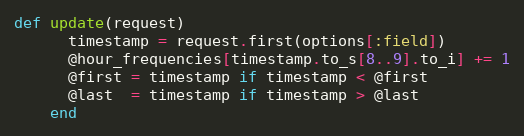
Language: Ruby
def update(request)
      timestamp = request.first(options[:field])
      @hour_frequencies[timestamp.to_s[8..9].to_i] += 1
      @first = timestamp if timestamp < @first
      @last  = timestamp if timestamp > @last
    end